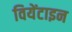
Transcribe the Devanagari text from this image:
वियेंटाइन